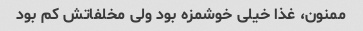
ممنون، غذا خیلی خوشمزه بود ولی مخلفاتش کم بود